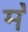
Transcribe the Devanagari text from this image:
म॓